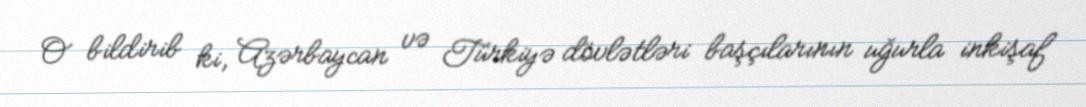
O bildirib ki, Azərbaycan və Türkiyə dövlətləri başçılarının uğurla inkişaf